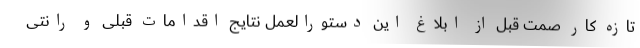
تازه کار صمت قبل از ابلاغ این دستورالعمل نتایج اقدامات قبلی و رانتی